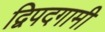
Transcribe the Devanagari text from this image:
द्विपदगामी